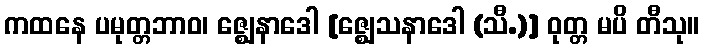
ကထနေ ပမုတ္တဘာဝ၊ ဇ္ဈေနာဒေါ [ဇ္ဈေသနာဒေါ (သီ.)] ဝုတ္တ မပိ တီသု။